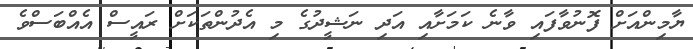
ޔާމިންއަށް ފޮނުވާފައި ވާނެ ކަމަށާއި އަދި ނަޝީދުގެ މި އެދުންތަކަށް ރައީސް އެއްބަސްވެ